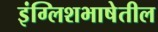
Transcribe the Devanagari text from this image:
इंग्लिशभाषेतील